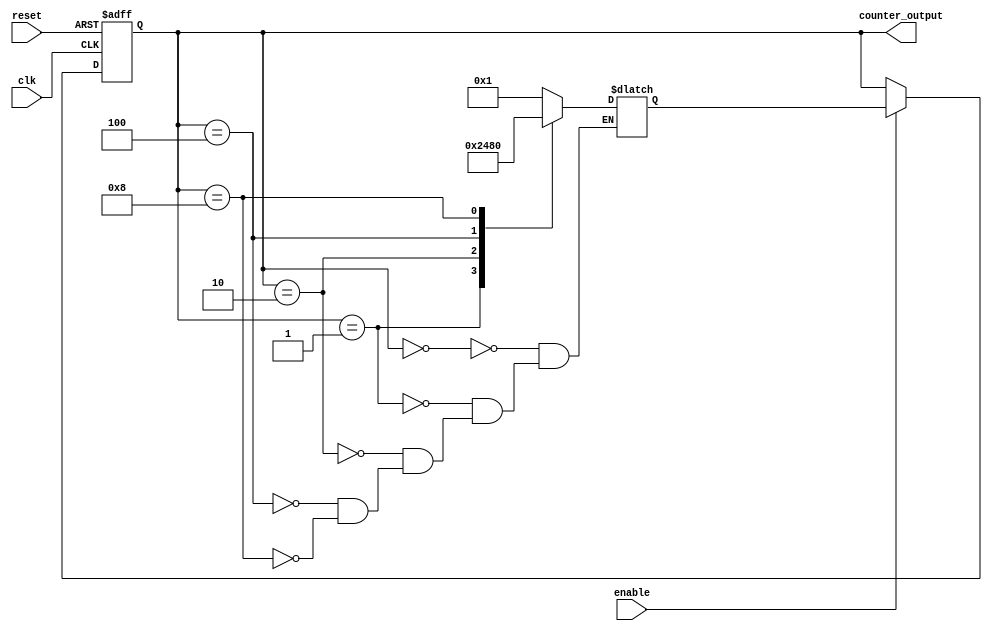
module johnson_counter_with_enable(
    input wire clk,
    input wire reset,
    input wire enable,
    output reg [3:0] counter_output
);

reg [3:0] counter_reg;
reg [3:0] next_state;

always @(posedge clk or posedge reset) begin
    if (reset) begin
        counter_reg <= 4'b0000;
    end else if (enable) begin
        counter_reg <= next_state;
    end
end

always @(*) begin
    case(counter_reg)
        4'b0000: next_state = 4'b0001;
        4'b0001: next_state = 4'b0010;
        4'b0010: next_state = 4'b0100;
        4'b0100: next_state = 4'b1000;
        4'b1000: next_state = 4'b0000;
    endcase
end

assign counter_output = counter_reg;

endmodule